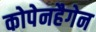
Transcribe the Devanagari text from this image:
कोपेनहैगेन